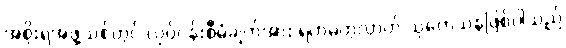
အစိုးရအဖွဲ့သစ်တွင် လုပ်ငန်းစီမံချက်အား ရဟမတွလ္လာဟ် သုတေသနဖြစ်ပါသည်